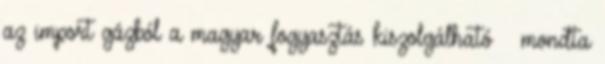
az import gázból a magyar fogyasztás kiszolgálható – mondta